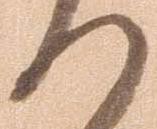
の